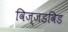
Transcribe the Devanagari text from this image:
विज्जडविड